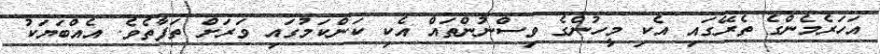
އަހަރެމެންގެ ތެރޭގައި އެކި މީހުންގެ ވިސްނުންތައް އެކި ކަންކަމުގައި ވަރަށް ތަފާތެވެ. އެއްބަޔަކު